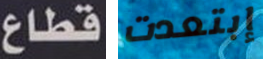
قطاع إبتعدت